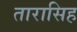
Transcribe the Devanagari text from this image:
तारासिह